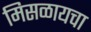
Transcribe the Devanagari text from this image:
मिसळायचा